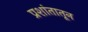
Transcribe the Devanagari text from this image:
प्रशांतातून